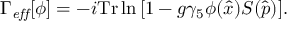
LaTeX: \Gamma _ { \mathit { e f f } } [ \phi ] = - i \mathrm { T r } \ln { \left[ 1 - g \gamma _ { 5 } \phi ( \hat { x } ) S ( \hat { p } ) \right] } .